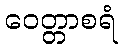
ဝေတ္တာစရံ